system: You are a helpful assistant.
user:
Analyze the provided spectrum to determine if it is a **White Dwarf (WD)**.

A White Dwarf spectrum is defined by its **extreme purity** (due to gravitational settling) and/or **extreme pressure broadening** (due to high surface gravity). You must check for one of the following mutually exclusive signatures:

- **Key Visual Indicators (Check for ONE of these types):**

    - **1. DA-Type Signature (Most Common):**
        - **(Primary Feature):** Extreme pressure broadening (Stark broadening) of the **Hydrogen (H) Balmer lines**.
        - **(Key Lines):** $H\beta$ (approx. $4861$ Å) and $H\gamma$ (approx. $4340$ Å). $H\alpha$ (approx. $6563$ Å) will also be present if the wavelength range covers it.
        - **(Line Profile):** This is the **defining feature**. The lines are **NOT** sharp. They appear as massive, **extremely broad and deep "troughs" or "dips"** in the spectrum, often hundreds of Ångströms wide. The continuum will appear to "scoop" down at these wavelengths.
        - **(Distinction):** Normal A-type or B-type stars have *narrow* and *sharp* Hydrogen lines. A DA White Dwarf's lines are unmistakably "smeared" or "blurry" from pressure.

    - **2. DB-Type Signature:**
        - **(Primary Feature):** Broad absorption lines from **Neutral Helium (He I)**. The spectrum must lack any visible Hydrogen lines.
        - **(Key Lines):** Look for broad absorption near $4471$ Å, $4921$ Å, and $5876$ Å.
        - **(Line Profile):** These lines are also significantly pressure-broadened, appearing much wider than they would in a normal B-type main-sequence star.

    - **3. DC-Type Signature:**
        - **(Primary Feature):** A **featureless continuous spectrum**.
        - **(Line Profile):** The spectrum is a smooth curve with **no significant absorption or emission lines**.
        - **(Key Confirmation):** The continuum is almost always **blue or white**, indicating a hot object. This signature implies the atmosphere is so pure (or so cool) that no spectral lines are visible in the optical range. Its WD identity is confirmed by its extremely low intrinsic brightness (high absolute magnitude).

    - **4. DZ-Type Signature (Metal-Polluted):**
        - **(Primary Feature):** **Isolated, narrow metal absorption lines** on an otherwise featureless (DC-like) continuum.
        - **(Key Lines):** The **Calcium (Ca II) H & K doublet** (approx. **$3934$ Å** and **$3968$ Å**) is the most common and defining feature.
        - **(Line Profile):** These lines are "out of place." They are *not* part of a "forest" of thousands of lines. This signature is evidence of recent *accretion* (pollution) from rocky debris.
        - **(Distinction):** Normal G/K/M stars have a *dense forest* of thousands of metal lines. A DZ has a *clean* continuum with *only a few* strong metal lines.

    - **5. DQ-Type Signature (Carbon-Polluted):**
        - **(Primary Feature):** Absorption bands from **Carbon (C₂ "Swan Bands" or atomic C I)**.
        - **(Key Lines - C₂):** Look for bandheads with a "saw-tooth" shape near $5635$ Å, **$5165$ Å** (strongest), and $4737$ Å.
        - **(Key Confirmation):** The underlying **continuum must be blue or white** (hot).
        - **(Distinction):** This is the critical difference from a **Carbon Star**, which has the *exact same* C₂ bands but on an extremely **red, cool** continuum.

- **(Overall Spectrum):**
    - The continuum (overall shape) is typically **blue-sloping** (brighter in the blue than the red), as most white dwarfs are very hot.
    - The spectrum will look "pure" or "simple," dominated by only *one* of the five signatures listed above.

Think first, call **spectral_visualization_tool** if needed to examine features in detail, then provide your final answer. Your response must adhere to the following strict rules:
1.  **Overall Structure:** Your response must follow the format `<think>...</think> <tool_call>...</tool_call> (if a tool is used) <answer>...</answer>`.
2.  **Tool Usage Constraint:** You may only make **one** tool call per turn.
3.  **Final Answer Format:** In the `<answer>` tag, your conclusion must be inside a `\boxed{}` command (e.g., `\boxed{YES}` or `\boxed{NO}`), followed by your justification.

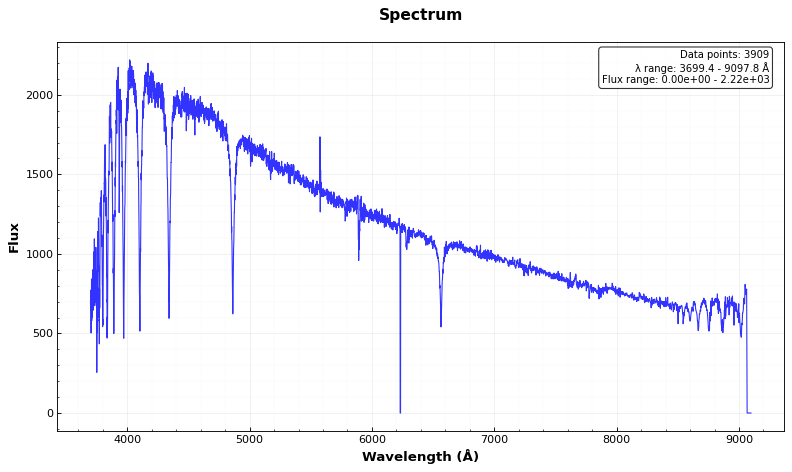
Answer: NO